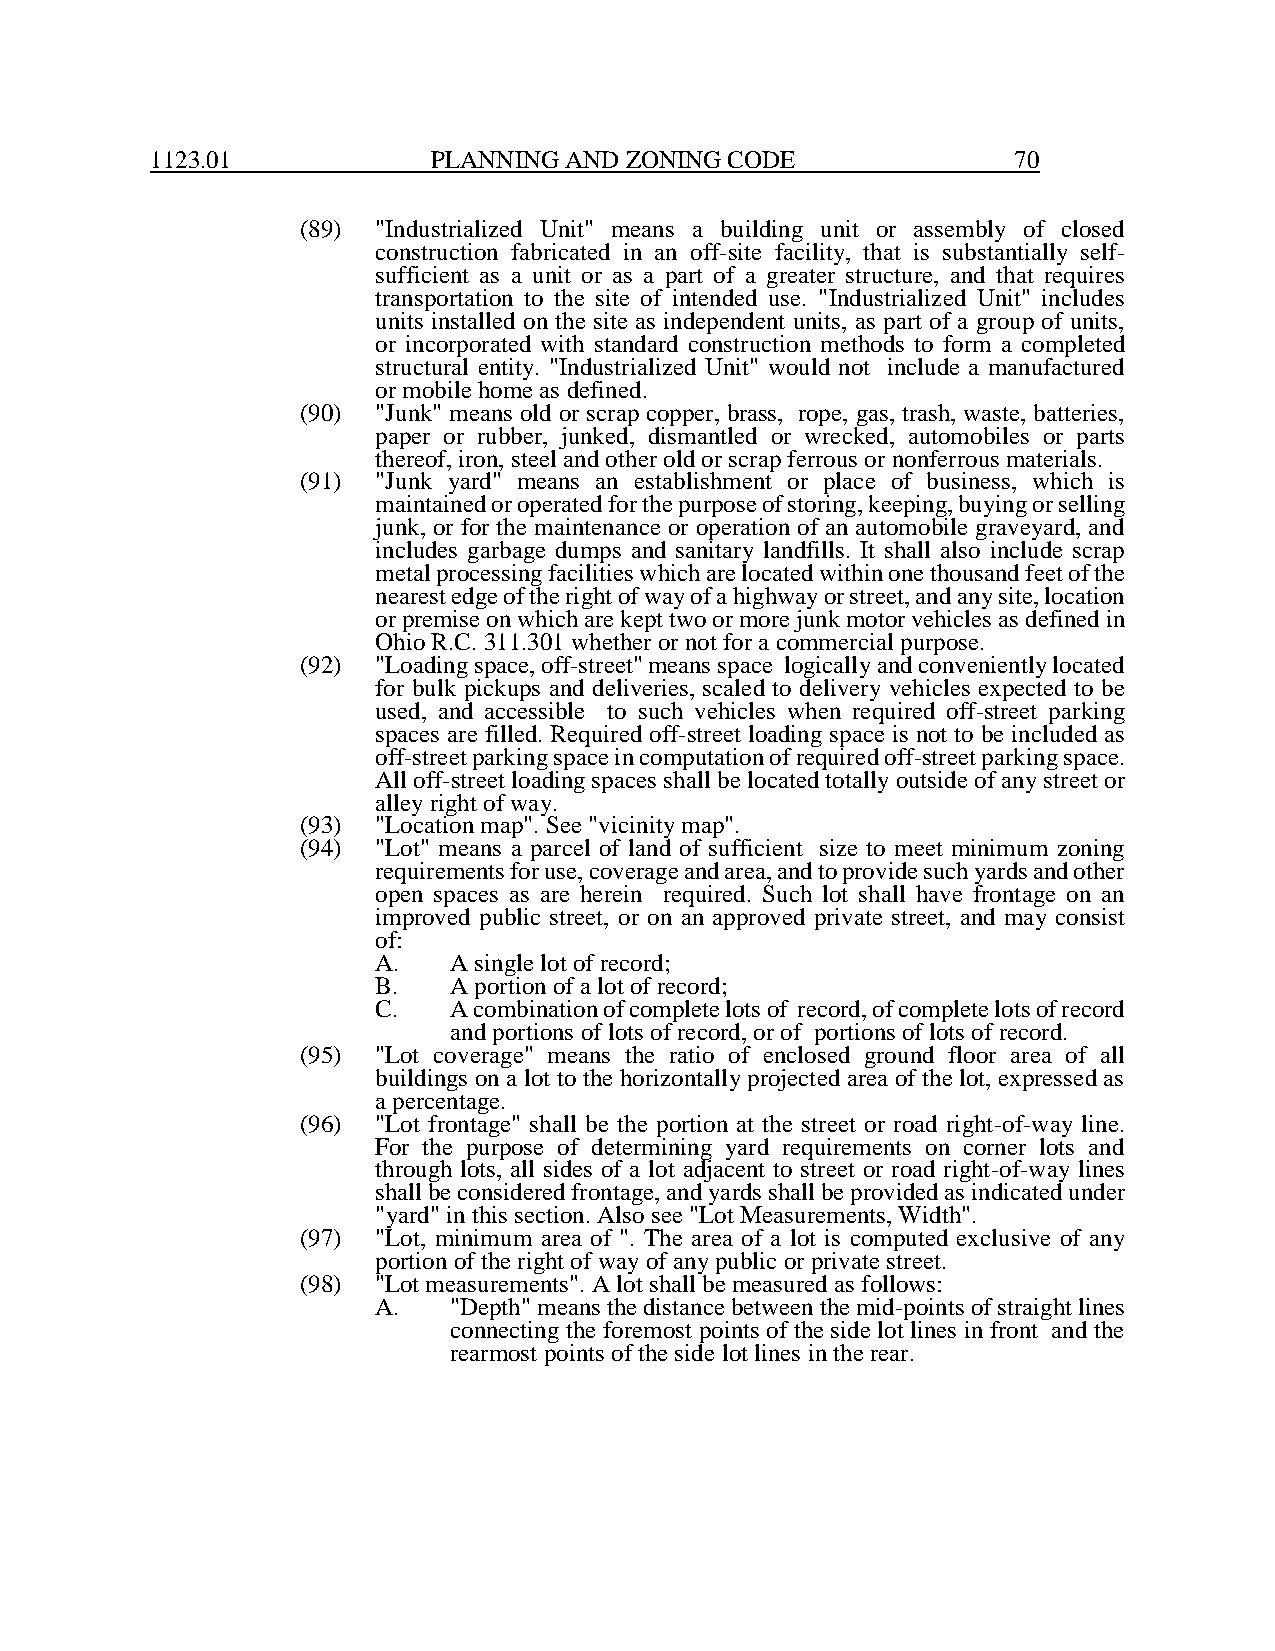
1123.01            PLANNING AND ZONING CODE              70
 (89) "Industrialized Unit" means a building unit or assembly of closed
 construction fabricated in an off-site facility, that is substantially self-
 sufficient as a unit or as a part of a greater structure, and that requires
 transportation to the site of intended use. "Industrialized Unit" includes
 units installed on the site as independent units, as part of a group of units,
 or incorporated with standard construction methods to form a completed
 structural entity. "Industrialized Unit" would not include a manufactured
 or mobile home as defined.
 (90) "Junk" means old or scrap copper, brass, rope, gas, trash, waste, batteries,
 paper or rubber, junked, dismantled or wrecked, automobiles or parts
 thereof, iron, steel and other old or scrap ferrous or nonferrous materials.
 (91) "Junk yard" means an establishment or place of business, which is
 maintained or operated for the purpose of storing, keeping, buying or selling
 junk, or for the maintenance or operation of an automobile graveyard, and
 includes garbage dumps and sanitary landfills. It shall also include scrap
 metal processing facilities which are located within one thousand feet of the
 nearest edge of the right of way of a highway or street, and any site, location
 or premise on which are kept two or more junk motor vehicles as defined in
 Ohio R.C. 311.301 whether or not for a commercial purpose.
 (92) "Loading space, off-street" means space logically and conveniently located
 for bulk pickups and deliveries, scaled to delivery vehicles expected to be
 used, and accessible to such vehicles when required off-street parking
 spaces are filled. Required off-street loading space is not to be included as
 off-street parking space in computation of required off-street parking space.
 All off-street loading spaces shall be located totally outside of any street or
 alley right of way.
 (93) "Location map". See "vicinity map".
 (94) "Lot" means a parcel of land of sufficient size to meet minimum zoning
 requirements for use, coverage and area, and to provide such yards and other
 open spaces as are herein required. Such lot shall have frontage on an
 improved public street, or on an approved private street, and may consist
 of:
 A.   A single lot of record;
 B.   A portion of a lot of record;
 C.   A combination of complete lots of record, of complete lots of record
 and portions of lots of record, or of portions of lots of record.
 (95) "Lot coverage" means the ratio of enclosed ground floor area of all
 buildings on a lot to the horizontally projected area of the lot, expressed as
 a percentage.
 (96) "Lot frontage" shall be the portion at the street or road right-of-way line.
 For the purpose of determining yard requirements on corner lots and
 through lots, all sides of a lot adjacent to street or road right-of-way lines
 shall be considered frontage, and yards shall be provided as indicated under
 "yard" in this section. Also see "Lot Measurements, Width".
 (97) "Lot, minimum area of ". The area of a lot is computed exclusive of any
 portion of the right of way of any public or private street.
 (98) "Lot measurements". A lot shall be measured as follows:
 A.   "Depth" means the distance between the mid-points of straight lines
 connecting the foremost points of the side lot lines in front and the
 rearmost points of the side lot lines in the rear.